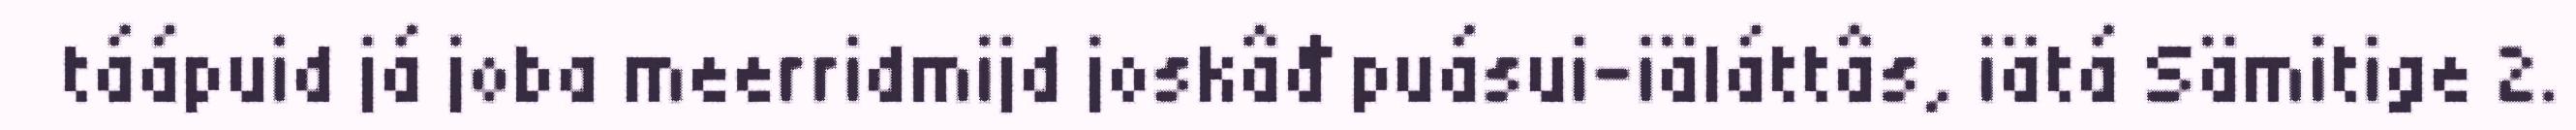
táápuid já joba meerridmijd joskâđ puásui-iäláttâs, iätá Sämitige 2.